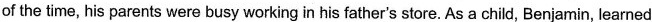
of the time, his parents were busy working in his father's store. As a child, Benjamin, learned